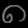
Digit: ၈